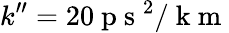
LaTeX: k^{\prime\prime}=20\mathrm{~p~s~}^{2}/\mathrm{~k~m~}